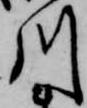
川